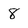
Character: 8